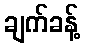
ချက်ခန့်